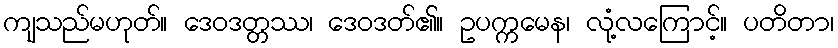
ကျသည်မဟုတ်။ ဒေဝဒတ္တဿ၊ ဒေဝဒတ်၏။ ဥပက္ကမေန၊ လုံ့လကြောင့်။ ပတိတာ၊